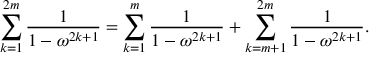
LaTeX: \sum _ { k = 1 } ^ { 2 m } \frac { 1 } { 1 - \omega ^ { 2 k + 1 } } = \sum _ { k = 1 } ^ { m } \frac { 1 } { 1 - \omega ^ { 2 k + 1 } } + \sum _ { k = m + 1 } ^ { 2 m } \frac { 1 } { 1 - \omega ^ { 2 k + 1 } } .